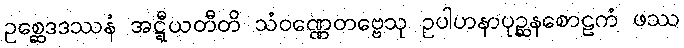
ဥစ္ဆေဒဒဿနံ အဋ္ဋီယတီတိ သံဝဏ္ဏေတဗ္ဗေသု ဥပါဟနာပုဉ္ဆနစောဠကံ ဖဿ